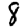
Digit: 8